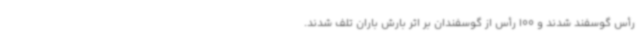
رأس گوسفند شدند و 100 رأس از گوسفندان بر اثر بارش باران تلف شدند.